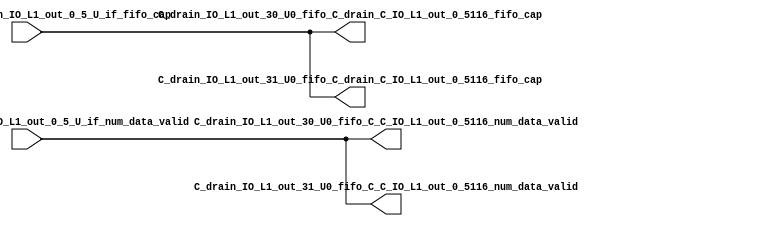
// ==================================================
// RTL generated by RapidStream
//
// Copyright 2024 RapidStream Design Automation, Inc.
// All Rights Reserved.
// ==================================================
`timescale 1 ns / 1 ps
module __rs_kernel3_aux_split_aux_60 #(
    parameter C_S_AXI_CONTROL_DATA_WIDTH  = 32,
    parameter C_S_AXI_CONTROL_ADDR_WIDTH  = 6,
    parameter C_S_AXI_DATA_WIDTH          = 32,
    parameter C_M_AXI_GMEM_A_ID_WIDTH     = 1,
    parameter C_M_AXI_GMEM_A_ADDR_WIDTH   = 64,
    parameter C_M_AXI_GMEM_A_DATA_WIDTH   = 512,
    parameter C_M_AXI_GMEM_A_AWUSER_WIDTH = 1,
    parameter C_M_AXI_GMEM_A_ARUSER_WIDTH = 1,
    parameter C_M_AXI_GMEM_A_WUSER_WIDTH  = 1,
    parameter C_M_AXI_GMEM_A_RUSER_WIDTH  = 1,
    parameter C_M_AXI_GMEM_A_BUSER_WIDTH  = 1,
    parameter C_M_AXI_GMEM_A_USER_VALUE   = 0,
    parameter C_M_AXI_GMEM_A_PROT_VALUE   = 0,
    parameter C_M_AXI_GMEM_A_CACHE_VALUE  = 3,
    parameter C_M_AXI_DATA_WIDTH          = 32,
    parameter C_M_AXI_GMEM_B_ID_WIDTH     = 1,
    parameter C_M_AXI_GMEM_B_ADDR_WIDTH   = 64,
    parameter C_M_AXI_GMEM_B_DATA_WIDTH   = 512,
    parameter C_M_AXI_GMEM_B_AWUSER_WIDTH = 1,
    parameter C_M_AXI_GMEM_B_ARUSER_WIDTH = 1,
    parameter C_M_AXI_GMEM_B_WUSER_WIDTH  = 1,
    parameter C_M_AXI_GMEM_B_RUSER_WIDTH  = 1,
    parameter C_M_AXI_GMEM_B_BUSER_WIDTH  = 1,
    parameter C_M_AXI_GMEM_B_USER_VALUE   = 0,
    parameter C_M_AXI_GMEM_B_PROT_VALUE   = 0,
    parameter C_M_AXI_GMEM_B_CACHE_VALUE  = 3,
    parameter C_M_AXI_GMEM_C_ID_WIDTH     = 1,
    parameter C_M_AXI_GMEM_C_ADDR_WIDTH   = 64,
    parameter C_M_AXI_GMEM_C_DATA_WIDTH   = 512,
    parameter C_M_AXI_GMEM_C_AWUSER_WIDTH = 1,
    parameter C_M_AXI_GMEM_C_ARUSER_WIDTH = 1,
    parameter C_M_AXI_GMEM_C_WUSER_WIDTH  = 1,
    parameter C_M_AXI_GMEM_C_RUSER_WIDTH  = 1,
    parameter C_M_AXI_GMEM_C_BUSER_WIDTH  = 1,
    parameter C_M_AXI_GMEM_C_USER_VALUE   = 0,
    parameter C_M_AXI_GMEM_C_PROT_VALUE   = 0,
    parameter C_M_AXI_GMEM_C_CACHE_VALUE  = 3,
    parameter C_S_AXI_CONTROL_WSTRB_WIDTH = 4,
    parameter C_S_AXI_WSTRB_WIDTH         = 4,
    parameter C_M_AXI_GMEM_A_WSTRB_WIDTH  = 64,
    parameter C_M_AXI_WSTRB_WIDTH         = 4,
    parameter C_M_AXI_GMEM_B_WSTRB_WIDTH  = 64,
    parameter C_M_AXI_GMEM_C_WSTRB_WIDTH  = 64
) (
    output wire [1:0] C_drain_IO_L1_out_30_U0_fifo_C_C_IO_L1_out_0_5116_num_data_valid,
    output wire [1:0] C_drain_IO_L1_out_30_U0_fifo_C_drain_C_IO_L1_out_0_5116_fifo_cap,
    output wire [1:0] C_drain_IO_L1_out_31_U0_fifo_C_C_IO_L1_out_0_5116_num_data_valid,
    output wire [1:0] C_drain_IO_L1_out_31_U0_fifo_C_drain_C_IO_L1_out_0_5116_fifo_cap,
    input wire  [1:0] fifo_C_drain_C_drain_IO_L1_out_0_5_U_if_fifo_cap,
    input wire  [1:0] fifo_C_drain_C_drain_IO_L1_out_0_5_U_if_num_data_valid
);
assign C_drain_IO_L1_out_30_U0_fifo_C_C_IO_L1_out_0_5116_num_data_valid = fifo_C_drain_C_drain_IO_L1_out_0_5_U_if_num_data_valid;
assign C_drain_IO_L1_out_30_U0_fifo_C_drain_C_IO_L1_out_0_5116_fifo_cap = fifo_C_drain_C_drain_IO_L1_out_0_5_U_if_fifo_cap;
assign C_drain_IO_L1_out_31_U0_fifo_C_C_IO_L1_out_0_5116_num_data_valid = fifo_C_drain_C_drain_IO_L1_out_0_5_U_if_num_data_valid;
assign C_drain_IO_L1_out_31_U0_fifo_C_drain_C_IO_L1_out_0_5116_fifo_cap = fifo_C_drain_C_drain_IO_L1_out_0_5_U_if_fifo_cap;
endmodule